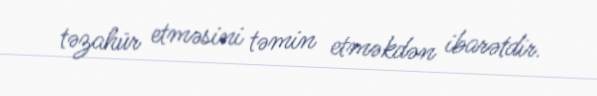
təzahür etməsini təmin etməkdən ibarətdir.